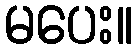
မပေး။